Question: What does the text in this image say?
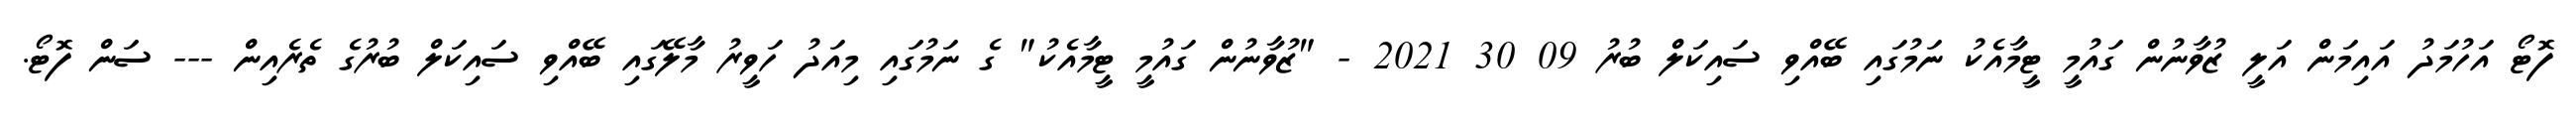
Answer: ފޮޓޯ އަހުމަދު އައިމަން އަލީ ޒުވާނުން ގައުމީ ޓީމާއެކު ނަމުގައި ބޭއްވި ސައިކަލް ބުރު 09 30 2021 - "ޒުވާނުން ގައުމީ ޓީމާއެކު" ގެ ނަމުގައި މިއަދު ހަވީރު މާލޭގައި ބޭއްވި ސައިކަލް ބުރުގެ ތެރެއިން --- ސަން ފޮޓޯ.